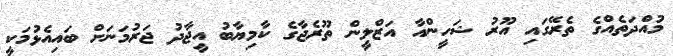
މުއްދަތެއްގެ ތެރޭގައި އޫރު ޝަހީންއާ އަޒްލީން ތޫރެޖާގެ ކާމިޔާބު އީޖާދު ޖަރުމަނަށް ބައިއެޅުމަކީ